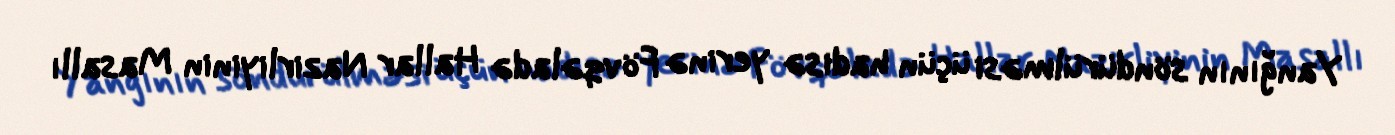
Yanğının söndürülməsi üçün hadisə yerinə Fövqəladə Hallar Nazirliyinin Masallı